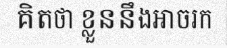
គិតថា ខ្លួននឹងអាចរក